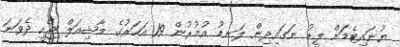
ޔުނައިޓެޑަށް ލީޑު ނަގައިދިން ލަނޑު އުމުރުން 19 އަހަރުގެ މާޝިއަލް ޖެހީ ދެވަނަ